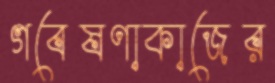
গবেষণাকাজের